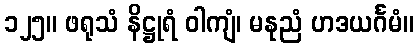
၁၂၅။ ဖရုသံ နိဋ္ဌုရံ ဝါကျံ၊ မနုညံ ဟဒယင်္ဂမံ။